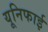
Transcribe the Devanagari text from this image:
यूनिफाई